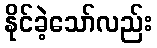
နိုင်ခဲ့သော်လည်း